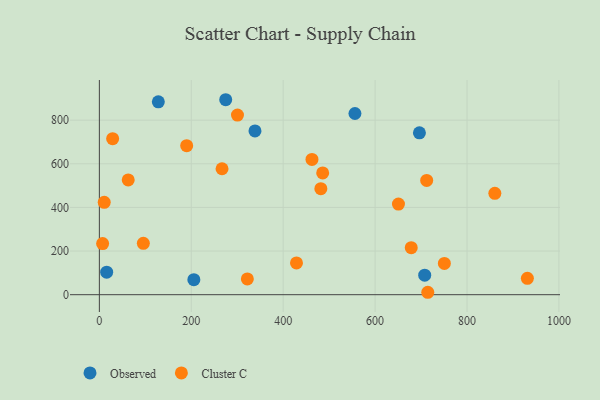
{"axis": {"x": "Engine Size", "y": "Salary"}, "legend": ["Cluster C", "Observed"], "data": [{"x": "128.3", "y": 884.1, "type": "Observed"}, {"x": "556.1", "y": 830.4, "type": "Observed"}, {"x": "338.6", "y": 750.5, "type": "Observed"}, {"x": "274.9", "y": 893.6, "type": "Observed"}, {"x": "205.6", "y": 68.9, "type": "Observed"}, {"x": "15.9", "y": 103.2, "type": "Observed"}, {"x": "696.4", "y": 741.9, "type": "Observed"}, {"x": "707.9", "y": 89.4, "type": "Observed"}, {"x": "428.9", "y": 145.6, "type": "Cluster C"}, {"x": "7.1", "y": 234.5, "type": "Cluster C"}, {"x": "714.6", "y": 11.1, "type": "Cluster C"}, {"x": "650.8", "y": 415.5, "type": "Cluster C"}, {"x": "300.5", "y": 823.4, "type": "Cluster C"}, {"x": "62.8", "y": 525.9, "type": "Cluster C"}, {"x": "481.9", "y": 486.0, "type": "Cluster C"}, {"x": "322.0", "y": 72.1, "type": "Cluster C"}, {"x": "860.5", "y": 464.4, "type": "Cluster C"}, {"x": "28.9", "y": 715.3, "type": "Cluster C"}, {"x": "190.0", "y": 682.8, "type": "Cluster C"}, {"x": "485.9", "y": 557.9, "type": "Cluster C"}, {"x": "678.6", "y": 215.5, "type": "Cluster C"}, {"x": "266.9", "y": 577.3, "type": "Cluster C"}, {"x": "10.6", "y": 423.5, "type": "Cluster C"}, {"x": "712.2", "y": 523.7, "type": "Cluster C"}, {"x": "462.6", "y": 619.9, "type": "Cluster C"}, {"x": "750.7", "y": 143.5, "type": "Cluster C"}, {"x": "95.7", "y": 235.6, "type": "Cluster C"}, {"x": "931.3", "y": 75.1, "type": "Cluster C"}]}